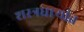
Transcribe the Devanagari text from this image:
शस्त्रधार्‍यांत